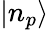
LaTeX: |n_{p}\rangle